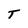
Character: T